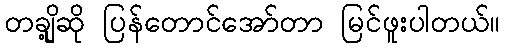
တချို့ဆို ပြန်တောင်အော်တာ မြင်ဖူးပါတယ်။